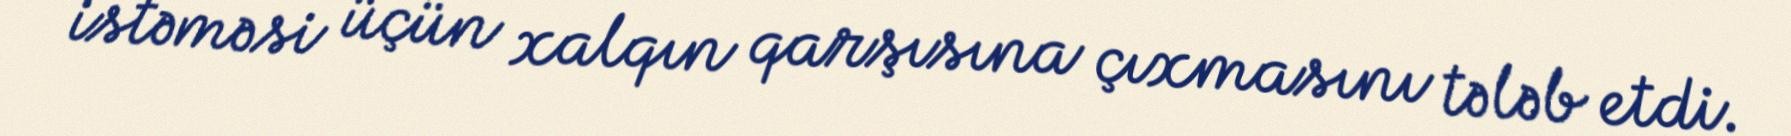
istəməsi üçün xalqın qarşısına çıxmasını tələb etdi.